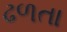
ઢળતા